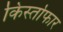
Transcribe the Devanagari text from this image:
किर्स्तोफार